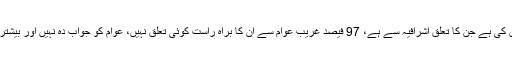
جس کے نتیجے میں ایوان بالا میں زیادہ تر تعداد ایسے اراکین کی ہے جن کا تعلق اشرافیہ سے ہے، 97 فیصد غریب عوام سے ان کا براہ راست کوئی تعلق نہیں، عوام کو جواب دہ نہیں اور بیشتر عوام یہ بھی نہیں جانتے کہ ان کے حلقے کا سینیٹر کون ہے۔